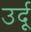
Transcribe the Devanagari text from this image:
उर्दूू